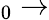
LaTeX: _0\rightarrow